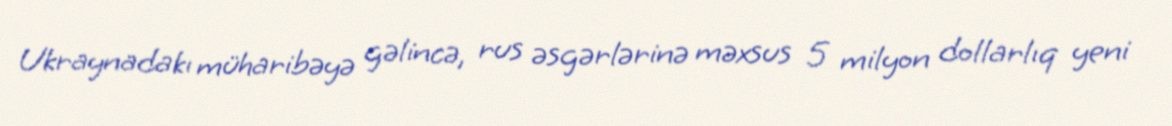
Ukraynadakı müharibəyə gəlincə, rus əsgərlərinə məxsus 5 milyon dollarlıq yeni